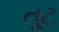
તૂટ